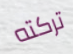
تركته